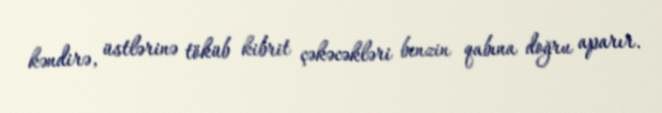
kəndirə, üstlərinə töküb kibrit çəkəcəkləri benzin qabına doğru aparır.